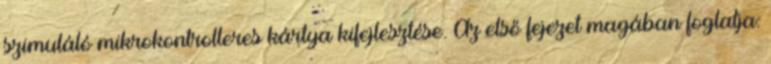
szimuláló mikrokontrolleres kártya kifejlesztése. Az első fejezet magában foglalja: